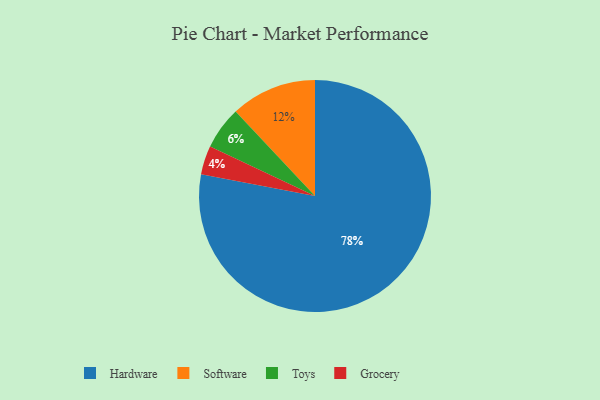
{"axis": {"x": "Category", "y": "Percentage"}, "legend": ["Grocery", "Hardware", "Software", "Toys"], "data": [{"x": "Grocery", "y": 4, "type": "Grocery"}, {"x": "Toys", "y": 6, "type": "Toys"}, {"x": "Software", "y": 12, "type": "Software"}, {"x": "Hardware", "y": 78, "type": "Hardware"}]}